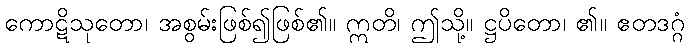
ကောဋိသုတော၊ အစွမ်းဖြစ်၍ဖြစ်၏။ ဣတိ၊ ဤသို့။ ဋ္ဌပိတော၊ ၏။ ဧတဒဂ္ဂံ